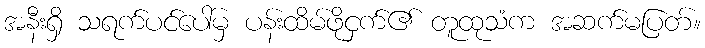
အနီးရှိ သရက်ပင်ပေါ်မှ ပန်းထိမ်ဖိုငှက်၏ တူထုသံက အဆက်မပြတ်။